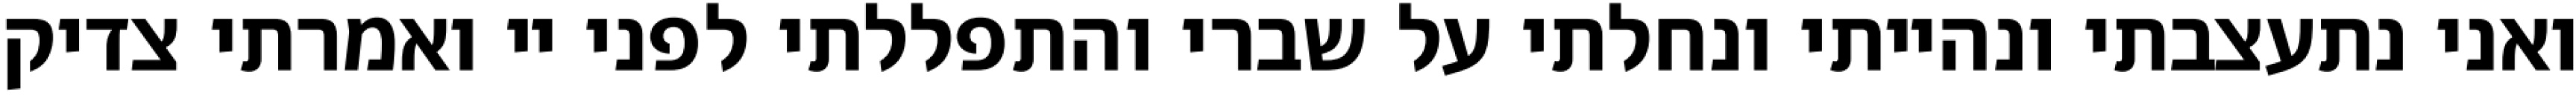
ואני נתעצבתי ונהייתי ונחלתי על שברי והתפללתי לפני יי ואמרתי צדיק